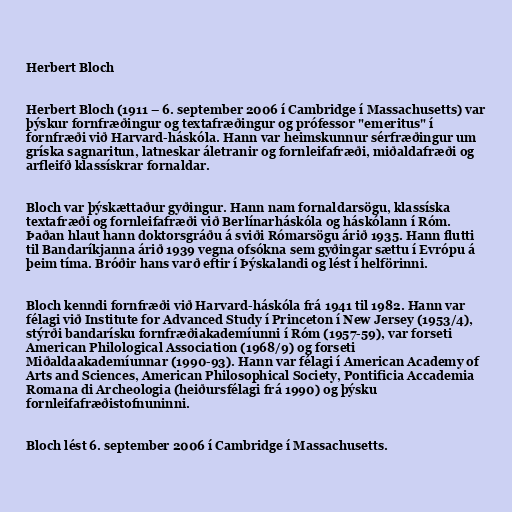
Herbert Bloch

Herbert Bloch (1911 – 6. september 2006 í Cambridge í Massachusetts) var
þýskur fornfræðingur og textafræðingur og prófessor "emeritus" í
fornfræði við Harvard-háskóla. Hann var heimskunnur sérfræðingur um
gríska sagnaritun, latneskar áletranir og fornleifafræði, miðaldafræði og
arfleifð klassískrar fornaldar.

Bloch var þýskættaður gyðingur. Hann nam fornaldarsögu, klassíska
textafræði og fornleifafræði við Berlínarháskóla og háskólann í Róm.
Þaðan hlaut hann doktorsgráðu á sviði Rómarsögu árið 1935. Hann flutti
til Bandaríkjanna árið 1939 vegna ofsókna sem gyðingar sættu í Evrópu á
þeim tíma. Bróðir hans varð eftir í Þýskalandi og lést í helförinni.

Bloch kenndi fornfræði við Harvard-háskóla frá 1941 til 1982. Hann var
félagi við Institute for Advanced Study í Princeton í New Jersey (1953/4),
stýrði bandarísku fornfræðiakademíunni í Róm (1957-59), var forseti
American Philological Association (1968/9) og forseti
Miðaldaakademíunnar (1990-93). Hann var félagi í American Academy of
Arts and Sciences, American Philosophical Society, Pontificia Accademia
Romana di Archeologia (heiðursfélagi frá 1990) og þýsku
fornleifafræðistofnuninni.

Bloch lést 6. september 2006 í Cambridge í Massachusetts.